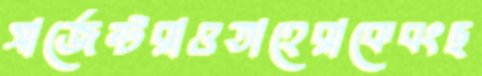
সার্জেন্টরাওতাহেরাকেবংছ